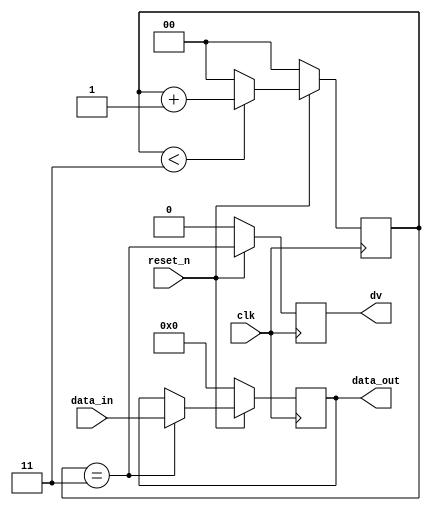
/*
Copyright (c) 2014-2022 Luiz Carlos Gili

Permission is hereby granted, free of charge, to any person obtaining a copy
of this software and associated documentation files (the "Software"), to deal
in the Software without restriction, including without limitation the rights
to use, copy, modify, merge, publish, distribute, sublicense, and/or sell
copies of the Software, and to permit persons to whom the Software is
furnished to do so, subject to the following conditions:

The above copyright notice and this permission notice shall be included in
all copies or substantial portions of the Software.

THE SOFTWARE IS PROVIDED "AS IS", WITHOUT WARRANTY OF ANY KIND, EXPRESS OR
IMPLIED, INCLUDING BUT NOT LIMITED TO THE WARRANTIES OF MERCHANTABILITY
FITNESS FOR A PARTICULAR PURPOSE AND NONINFRINGEMENT. IN NO EVENT SHALL THE
AUTHORS OR COPYRIGHT HOLDERS BE LIABLE FOR ANY CLAIM, DAMAGES OR OTHER
LIABILITY, WHETHER IN AN ACTION OF CONTRACT, TORT OR OTHERWISE, ARISING FROM,
OUT OF OR IN CONNECTION WITH THE SOFTWARE OR THE USE OR OTHER DEALINGS IN
THE SOFTWARE.
*/

// Language: Verilog 2001

`timescale 1ns / 1ps


module downsampler
/*********************************************************************************************/
#(parameter DATA_WIDTH = 12, DECIMATION_RATIO = 4)
/*********************************************************************************************/
(
    input   clk,
    input   reset_n,
    input   signed [DATA_WIDTH-1:0] data_in,
    output  reg signed [DATA_WIDTH-1:0] data_out,
    output  reg dv
);
/*********************************************************************************************/
reg [$clog2(DECIMATION_RATIO)-1:0] counter;
/*********************************************************************************************/
always @(posedge clk)
begin
    if (!reset_n) begin
        counter <= 0;
        data_out <= 0;
        dv <= 1'b0;
    end
    else begin
        counter <= (counter < DECIMATION_RATIO-1) ? counter + 1 : 0;
        dv <= (counter == DECIMATION_RATIO-1);
        data_out <= (counter == DECIMATION_RATIO-1) ? data_in : data_out;
    end
end
/*********************************************************************************************/
endmodule